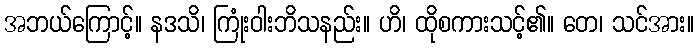
အဘယ်ကြောင့်။ နဒသိ၊ ကြုံးဝါးဘိသနည်း။ ဟိ၊ ထိုစကားသင့်၏။ တေ၊ သင်အား။